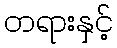
တရားနှင့်